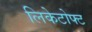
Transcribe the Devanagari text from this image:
लिकेटोफ्ट